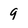
Character: 9